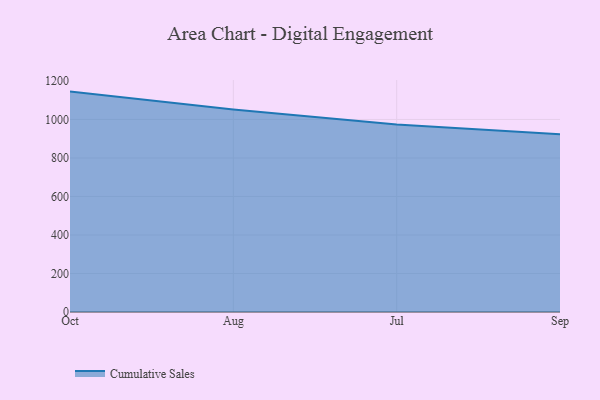
{"axis": {"x": "Month", "y": "Energy Usage (MWh)"}, "legend": ["Cumulative Sales"], "data": [{"x": "Oct", "y": 1144.7, "type": "Cumulative Sales"}, {"x": "Aug", "y": 1052.3, "type": "Cumulative Sales"}, {"x": "Jul", "y": 973.9, "type": "Cumulative Sales"}, {"x": "Sep", "y": 923.1, "type": "Cumulative Sales"}]}